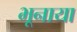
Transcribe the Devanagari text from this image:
भूनाया